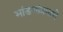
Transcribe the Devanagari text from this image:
भांडणांप्रमाणे